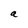
Character: a